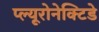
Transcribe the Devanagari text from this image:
प्ल्यूरोनेक्टिडे